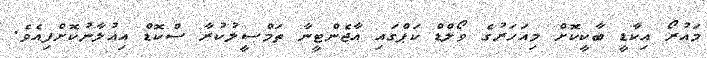
މައުރޯ އިކާޑީ ބާކީކޮށް މިއަހަރުގެ ވޯލްޑް ކަޕްގައި އާޖެންޓީނާ ތަމްސީލުކުރާ ސްކޮޑް އިއުލާނުކޮށްފިއެވެ.